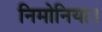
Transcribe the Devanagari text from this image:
निमोनिया।